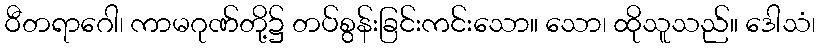
ဝီတရာဂေါ၊ ကာမဂုဏ်တို့၌ တပ်စွန်းခြင်းကင်းသော။ သော၊ ထိုသူသည်။ ဒေါသံ၊